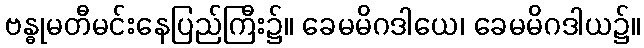
ဗန္ဓုမတီမင်းနေပြည်ကြီး၌။ ခေမမိဂဒါယေ၊ ခေမမိဂဒါယ၌။